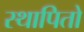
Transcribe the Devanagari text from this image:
स्थापितो